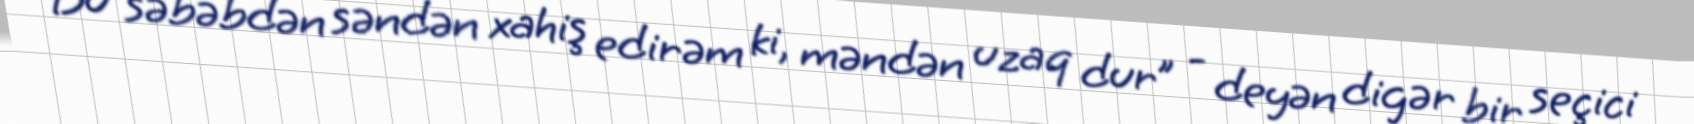
Bu səbəbdən səndən xahiş edirəm ki, məndən uzaq dur” - deyən digər bir seçici